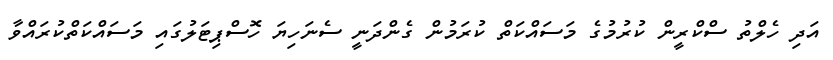
އަދި ހެލްތު ސްކްރީން ކުރުމުގެ މަސައްކަތް ކުރަމުން ގެންދަނީ ސެނަހިޔަ ހޮސްޕިޓަލުގައި މަސައްކަތްކުރައްވާ